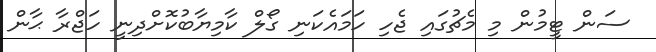
ސަން ޓީމުން މި މެޗުގައި ޖެހި ހަމައެކަނި ގޯލް ކާމިޔާބުކޮށްދިނީ ހަޖްރާ ޙާން